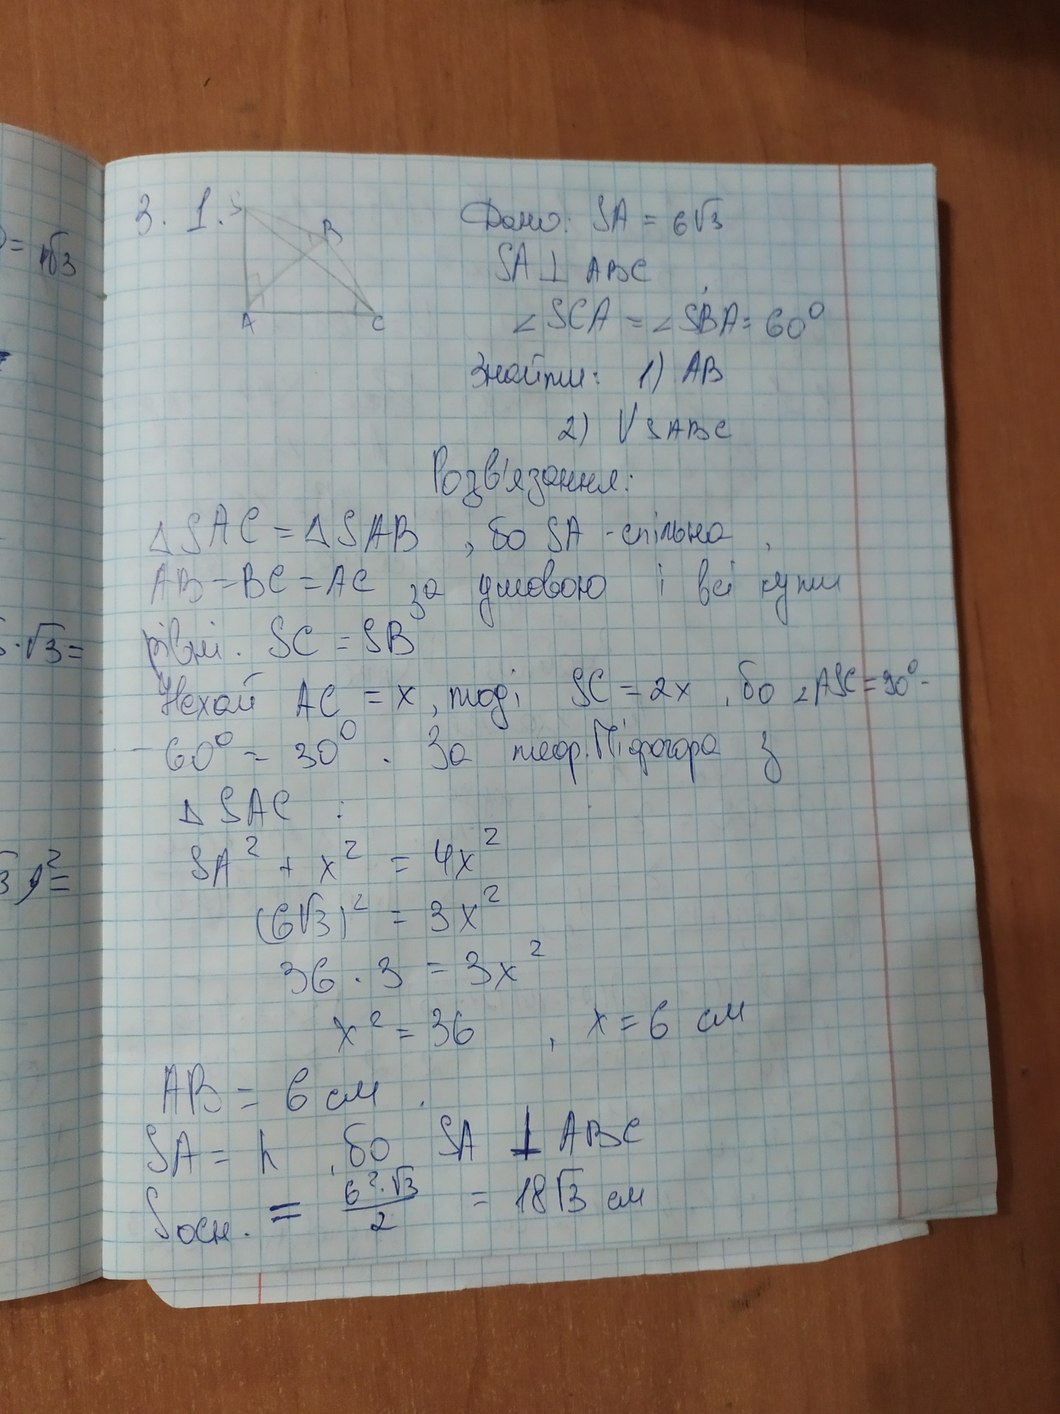
Дано: SA = 6\sqrt{3}
SA ⊥ ABC
∠SCA = ∠SBA = 60°
Знайти: 1) AB
2) VSABC
Розв'язання.
ΔSAC = ΔSAB, бо SA - спільна,
АВ = ВС = AC за умовою і всі кути
рінві. SC = SB
Нехай AC = x, тоді SC = 2x, бо ∠ASC = 90° -
- 60° = 30°. За теор. Піфагора з
△ SAC :
SA^2 + x^2 = 4x^2
(6\sqrt{3})^2 = 3x^2
36 * 3 = 3x^2
x = 6 см
x^2 = 36,
AB = 6 см
SA = h, бо SA ⊥ ABC
Sосн. = \frac{6^2 * \sqrt{3}}{2} = 18sqrt{3} см